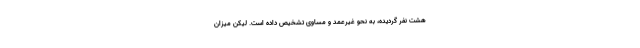
هشت نفر گردیده، به نحو غیرعمد و مساوی تشخیص داده است. لیکن میزان